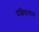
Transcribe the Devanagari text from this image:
दाक्षिणात्यांना